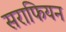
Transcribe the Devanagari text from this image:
सराफियन